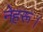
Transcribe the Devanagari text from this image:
नेहरू।